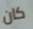
كان